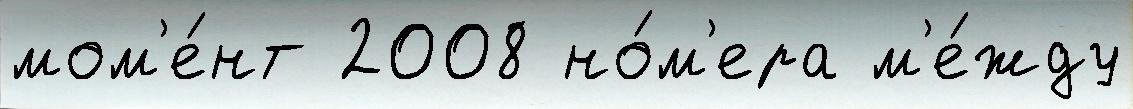
мом'е́нт 2008 но́м'ера м'е́жду